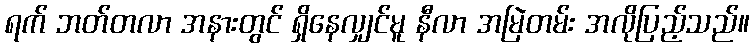
ရက် ဘတ်တလာ အနားတွင် ရှိနေလျှင်မူ နီလာ အမြဲတမ်း အလိုပြည့်သည်။